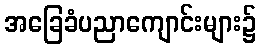
အခြေခံပညာကျောင်းများ၌